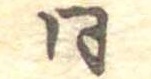
同